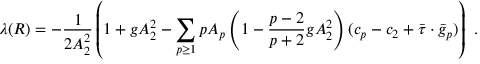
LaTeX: \lambda ( R ) = - { \frac { 1 } { 2 A _ { 2 } ^ { 2 } } } \left( 1 + g A _ { 2 } ^ { 2 } - \sum _ { p \ge 1 } p A _ { p } \left( 1 - { \frac { p - 2 } { p + 2 } } g A _ { 2 } ^ { 2 } \right) ( c _ { p } - c _ { 2 } + \bar { \tau } \cdot \bar { g } _ { p } ) \right) \ .